Burma Government Medical School reports 1923-41
Year: 1923
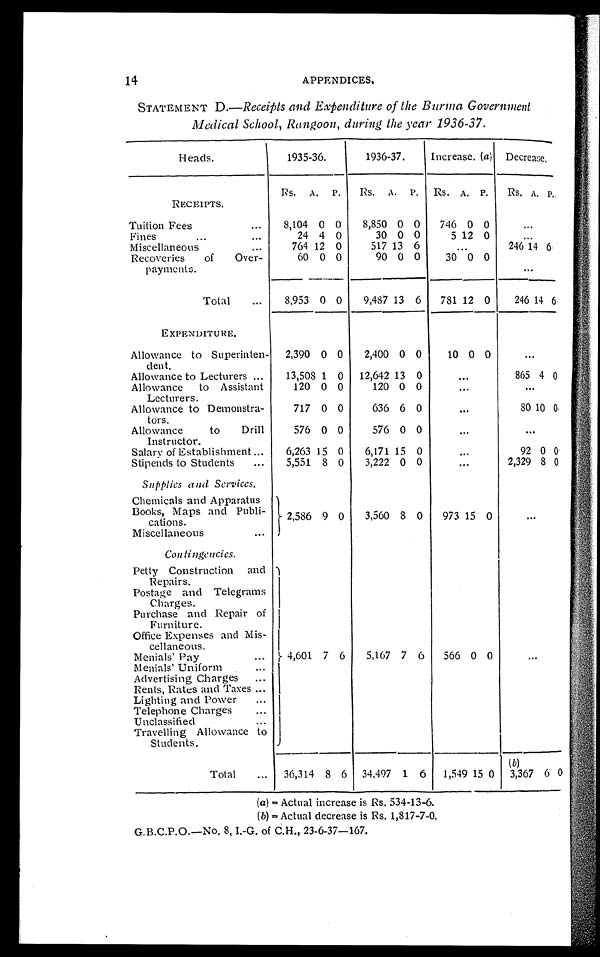
14
APPENDICES.
STATEMENT D.—Receipts and Expenditure of the Burma Government
Medical School, Rangoon, during the year 1936-37.
Heads.
1935-36.
1936-37. Increase. (a) Decrease.
Rs.
A. P. Rs. A. P. Rs. A.
P. Rs.
A.
P.
RECEIPTS.
Tuition Fees
8,104 0 0 8,850 0 0 746 0 0
Fines
24 4 0
30 0 0
5 12 0
Miscellaneous
764 120
517 13 6
246 1 1 4
6
Recoveries of Over-
payments.
60 0 0
90 0 0 30 0 0
Total
8,953 0 0 9,487 13 6 781 12 0 246 1 4 6
EXPENDITURE.
Allowance to Superinten-
dent.
2,390 0 0 2,400 0 0 10 0 0
Allowance to Lecturers
13,508 1 0 12,642 13 0
865 4 0
Allowance to Assistant
Lecturers.
120 0 0
120 0 0
Allowance to Demonstra-
tors.
717 0 0
636 6 0
80 1 0 0
Allowance to Drill
Instructor.
576 0 0
576 0 0
Salary of Establishment
6,263 15 0 6,171 15 0
92 0 0
Stipends to Students
5,551 8 0 3,222 0 0
2,329 8 0
Supplies and Services.
Chemicals and Apparatus
Books, Maps and Publi-
cations.
2,586 9 0 3,560 8 0 973 15 0
Miscellaneous
Contingencies.
Petty Construction and
Repairs.
4,601 7 6 5,167 7 6 566 0 0
Postage and Telegrams
Charges.
Purchase and Repair of
Furniture.
Office Expenses and Mis
cellaneous.
Menials' Pay
Menials' Uniform
Advertising Charges
Rents, Rates and Taxes
Lighting and Power
Telephone Charges
Unclassified
Travelling Allowance to
Students.
Total
36,314 8 6 34,497 1 6 1,549 15 0
(b ) 3,367 6 0
(a) = Actual increase is Rs. 534-13-6.
(b) = Actual decrease is Rs. 1,817-7-0.
G.B.C.P.O.—No. 8, I.-G. of C.H., 23-6-37—167.